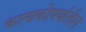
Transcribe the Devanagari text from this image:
कानाकोपर्यातील